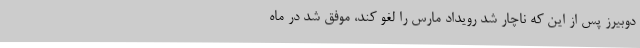
دوبیرز پس از این که ناچار شد رویداد مارس را لغو کند، موفق شد در ماه